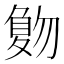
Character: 𠤀